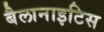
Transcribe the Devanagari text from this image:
बैलानाइटिस